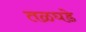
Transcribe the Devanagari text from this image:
तळघडे